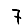
Digit: 7